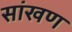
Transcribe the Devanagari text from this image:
सांखण